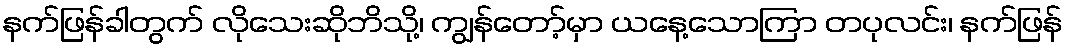
နက်ဖြန်ခါတွက် လိုသေးဆိုဘိသို့၊ ကျွန်တော့်မှာ ယနေ့သောကြာ တပုလင်း၊ နက်ဖြန်